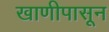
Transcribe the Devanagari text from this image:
खाणीपासून